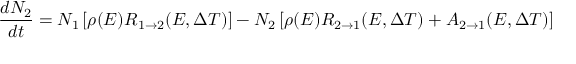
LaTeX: \frac { d N _ { 2 } } { d t } = N _ { 1 } \left[ \rho ( E ) R _ { 1 \rightarrow 2 } ( E , \Delta T ) \right] - N _ { 2 } \left[ \rho ( E ) R _ { 2 \rightarrow 1 } ( E , \Delta T ) + A _ { 2 \rightarrow 1 } ( E , \Delta T ) \right]